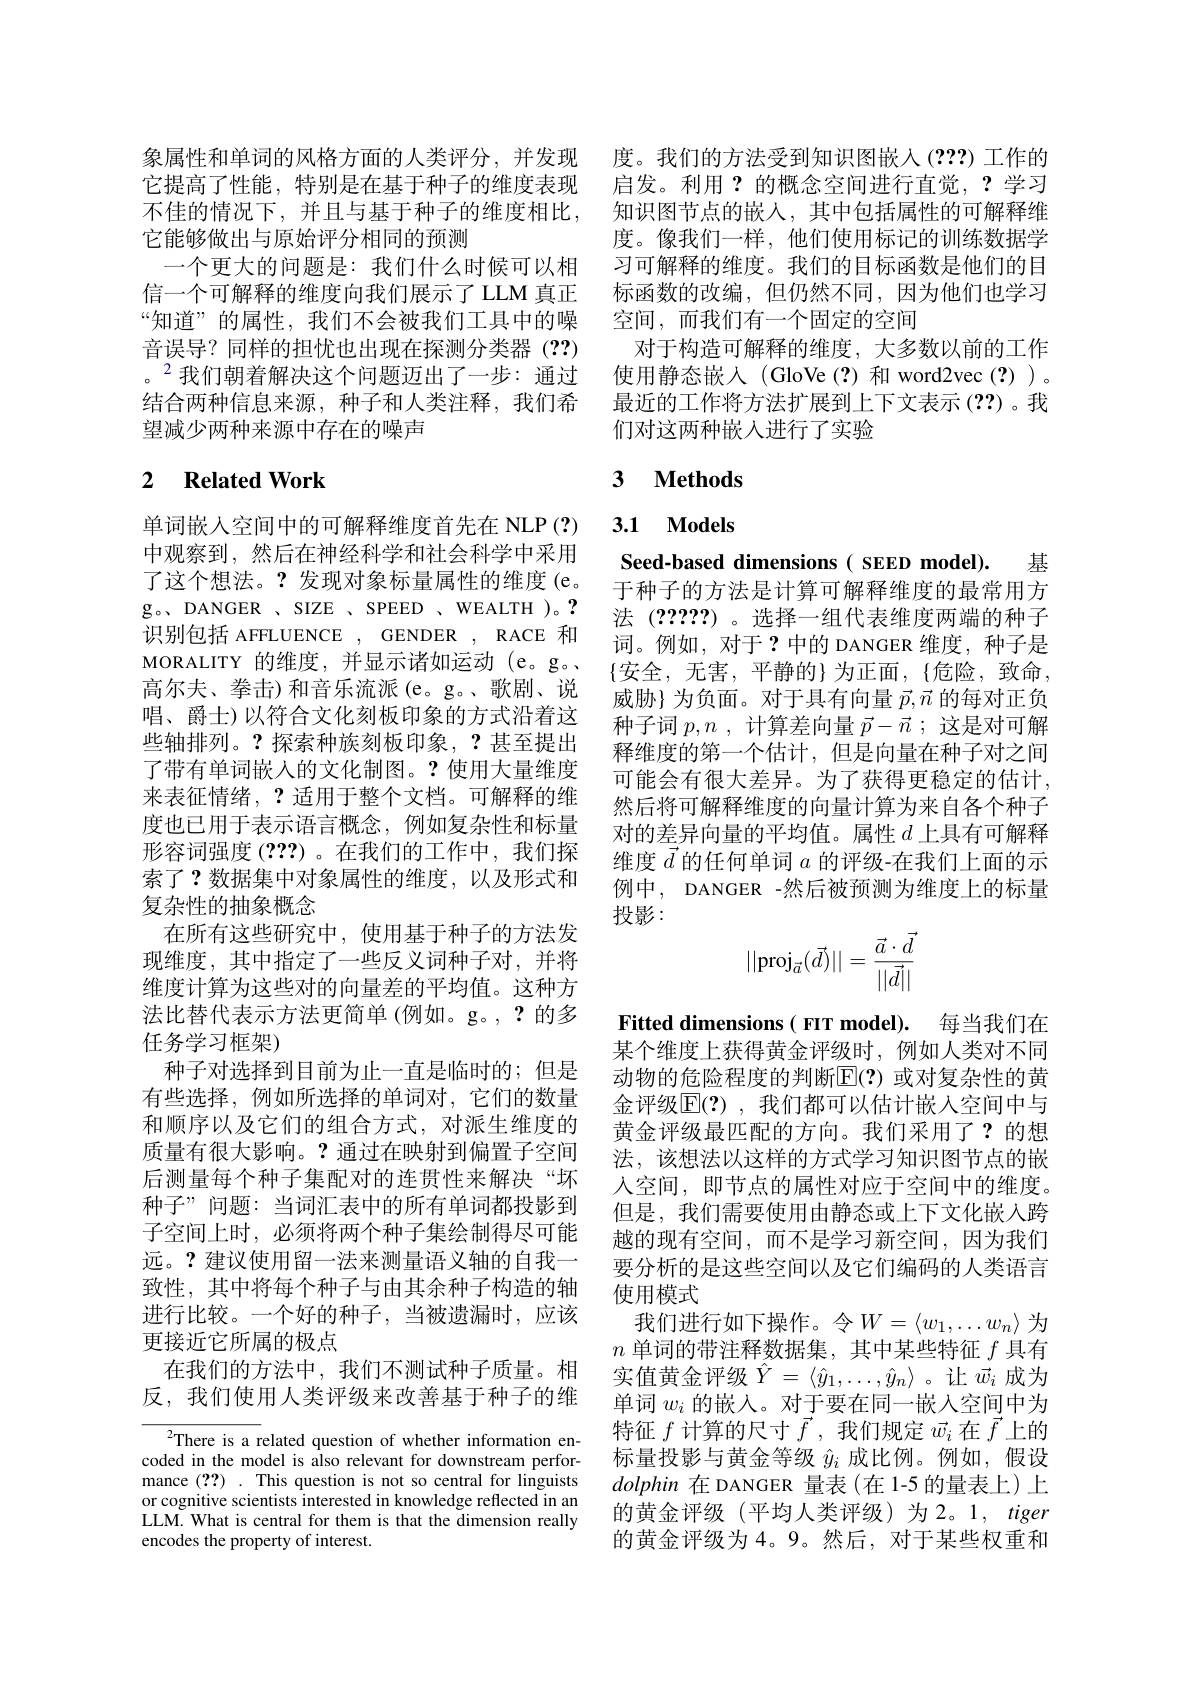
象属性和单词的风格方面的人类评分，并发现 度。我们的方法受到知识图嵌人(???)工作的它提高了性能，特别是在基于种子的维度表现 启发。利用？的概念空间进行直觉，?学习不佳的情况下，并且与基于种子的维度相比，知识图节点的嵌人，其中包括属性的可解释维它能够做出与原始评分相同的预测
一个更大的问题是：我们什么时候可以相
信一个可解释的维度向我们展示了 LLM 真正 标函数的改编，但仍然不同，因为他们也学习
“知道”的属性，我们不会被我们工具中的噪 空间，而我们有一个固定的空间
音误导？同样的担忧也出现在探测分类器(??) 对于构造可解释的维度，大多数以前的工作。$^{2}$我们朝着解决这个问题迈出了一步：通过 使用静态嵌入 (GloVe(?)和 word2vec(?))。结合两种信息来源，种子和人类注释，我们希
望减少两种来源中存在的噪声

# 2 $\textbf{Related Work}$

单词嵌入空间中的可解释维度首先在 NLP (?) 中观察到，然后在神经科学和社会科学中采用了这个想法。?发现对象标量属性的维度(e。g。, DANGER 、SIZE 、SPEED 、WEALTH )。? 识别包括 AFFLUENCE , GENDER , RACE 和MORALITY 的维度，并显示诸如运动 (e。g。高尔夫、拳击)和音乐流派(e。g。、歌剧、说唱、爵士)以符合文化刻板印象的方式沿着这些轴排列。?探索种族刻板印象，?甚至提出了带有单词嵌人的文化制图。?使用大量维度来表征情绪，?适用于整个文档。可解释的维度也已用于表示语言概念，例如复杂性和标量形容词强度 (???)。在我们的工作中，我们探索了？数据集中对象属性的维度，以及形式和复杂性的抽象概念
在所有这些研究中，使用基于种子的方法发现维度，其中指定了一些反义词种子对，并将维度计算为这些对的向量差的平均值。这种方法比替代表示方法更简单 (例如。g。,?的多任务学习框架)
种子对选择到目前为止一直是临时的；但是有些选择，例如所选择的单词对，它们的数量和顺序以及它们的组合方式，对派生维度的质量有很大影响。?通过在映射到偏置子空间后测量每个种子集配对的连贯性来解决“坏种子”问题：当词汇表中的所有单词都投影到子空间上时，必须将两个种子集绘制得尽可能远。?建议使用留一法来测量语义轴的自我一致性，其中将每个种子与由其余种子构造的轴进行比较。一个好的种子，当被遗漏时，应该更接近它所属的极点
在我们的方法中，我们不测试种子质量。相反，我们使用人类评级来改善基于种子的维

$^{2}$There is a related question of whether information encoded in the model is also relevant for downstream performance (??). This question is not so central for linguists or cognitive scientists interested in knowledge reflected in an LLM. What is central for them is that the dimension really encodes the property of interest.

度。像我们一样，他们使用标记的训练数据学习可解释的维度。我们的目标函数是他们的目最近的工作将方法扩展到上下文表示(??)。我们对这两种嵌入进行了实验

## 3 $\textbf{Methods}$

# 3.1 Models

Seed-based dimensions( SEED model). 基于种子的方法是计算可解释维度的最常用方法 (??????)。选择一组代表维度两端的种子词。例如，对于？中的 DANGER 维度，种子是$$\{$安全，无害，平静的}为正面，\{危险，致命$, 威胁}为负面。对于具有向量$\vec{p},\vec{n}$的每对正负种子词$p,n$ ,计算差向量$\vec{p}-\vec{n}$ ;这是对可解释维度的第一个估计，但是向量在种子对之间可能会有很大差异。为了获得更稳定的估计， 然后将可解释维度的向量计算为来自各个种子对的差异向量的平均值。属性$d$上具有可解释维度$\vec{d}$的任何单词$a$的评级-在我们上面的示例中，DANGER -然后被预测为维度上的标量投影：
$$||\text{proj}_{\vec{a}}(\vec{d})||=\dfrac{\vec{a}\cdot\vec{d}}{||\vec{d}||}$$
Fitted dimensions ( FIT model). 每当我们在某个维度上获得黄金评级时，例如人类对不同动物的危险程度的判断$\mathbb{E}(?)$ 或对复杂性的黄金评级[E](?),我们都可以估计嵌入空间中与黄金评级最匹配的方向。我们采用了？的想法，该想法以这样的方式学习知识图节点的嵌人空间，即节点的属性对应于空间中的维度。但是，我们需要使用由静态或上下文化嵌入跨越的现有空间，而不是学习新空间，因为我们要分析的是这些空间以及它们编码的人类语言使用模式
我们进行如下操作。令$W=\langle w_1,\ldots w_n\rangle$ 为$n$单词的带注释数据集，其中某些特征$f$具有实值黄金评级$\hat{Y}=\langle\hat{y}_1,\ldots,\hat{y}_n\rangle$。让$\vec{w}_i$成为单词$w_i$的嵌入。对于要在同一嵌人空间中为特征$f$计算的尺寸$\vec{f}$,我们规定$\vec{w_i}$在$\vec{f}$上的标量投影与黄金等级$\hat{y}_i$成比例。例如，假设dolphin在 DANGER 量表(在 1-5 的量表上)上的黄金评级(平均人类评级)为2。1, tiger 的黄金评级为4。9。然后，对于某些权重和